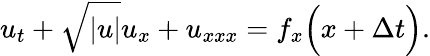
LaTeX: u_{t}+\sqrt{|u|}u_{x}+u_{xxx}=f_{x}\Big(x+\Delta t\Big).